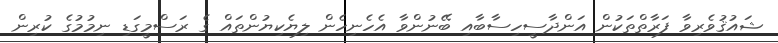
ޝައުޤުވެރިވާ ފަރާތްތަކުން އަންދާސީހިސާބާއި ބޭނުންވާ އެހެނިހެން ލިޔެކިޔުންތައް ގެ ރަސްމީގަޑި ނިމުމުގެ ކުރިން